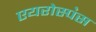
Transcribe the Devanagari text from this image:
एयरोस्प॓स